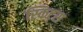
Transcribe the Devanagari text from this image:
स्किट्स